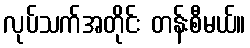
လုပ်သက်အတိုင်း တန်းစီမယ်။